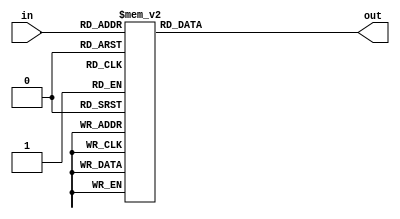
module DCDEC(in, out);
input [4:0] in;
output reg [6:0] out;

parameter A = 5'h10;
parameter D = 5'h11;
parameter E = 5'h12;
parameter L = 5'h13;
parameter O = 5'h14;
parameter O_SMALL = 5'h15;
parameter R = 5'h16;
parameter S = 5'h17;
parameter T = 5'h18;
parameter OFF = 5'h1F;


always @(in) begin
  case (in) 
    5'h00: out <= 7'b1000000;
    5'h01: out <= 7'b1111001;
    5'h02: out <= 7'b0100100;
    4'h03: out <= 7'b0110000;
    5'h04: out <= 7'b0011001;
    5'h05: out <= 7'b0010010;
    5'h06: out <= 7'b0000010;
    5'h07: out <= 7'b1111000;
    5'h08: out <= 7'b0000000;
    5'h09: out <= 7'b0010000;
    5'h0A: out <= 7'b0001000;
    5'h0B: out <= 7'b0000011;
    5'h0C: out <= 7'b1000110;
    5'h0D: out <= 7'b0100001;
    5'h0E: out <= 7'b0000110;
    5'h0F: out <= 7'b0001110;
    A: out <= 7'b0001000; 
    D: out <= 7'b0100001; 
    E: out <= 7'b0000110;
    L: out <= 7'b1000111;
    O: out <= 7'b1000000;
    O_SMALL: out <= 7'b0100011;
    R: out <= 7'b0101111; 
    S: out <= 7'b0010010; 
    T: out <= 7'b0000111; 
    OFF: out <= 7'b1111111;
    default: out <= 7'b1111111;
  endcase
end

endmodule